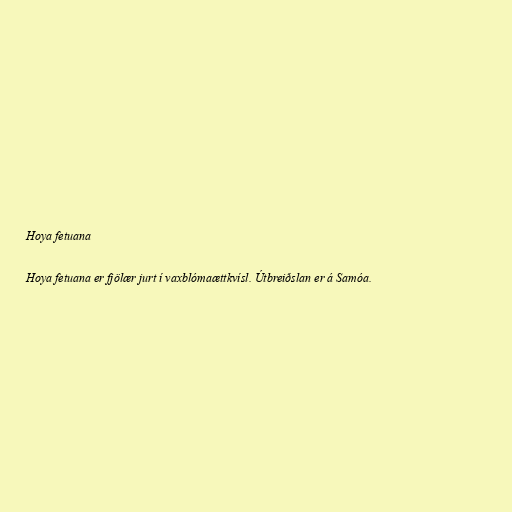
Hoya fetuana

Hoya fetuana er fjölær jurt í vaxblómaættkvísl. Útbreiðslan er á Samóa.